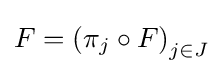
F=\left(\pi _{j}\circ F\right)_{j\in J}